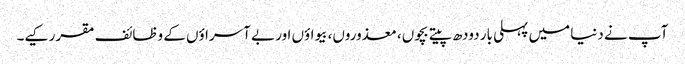
آپ نے دنیا میں پہلی بار دودھ پیتے بچوں، معذوروں، بیواؤں اور بے آسراؤں کے وظائف مقرر کیے۔